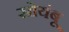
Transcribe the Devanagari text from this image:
सोयंबू